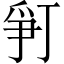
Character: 𬋨